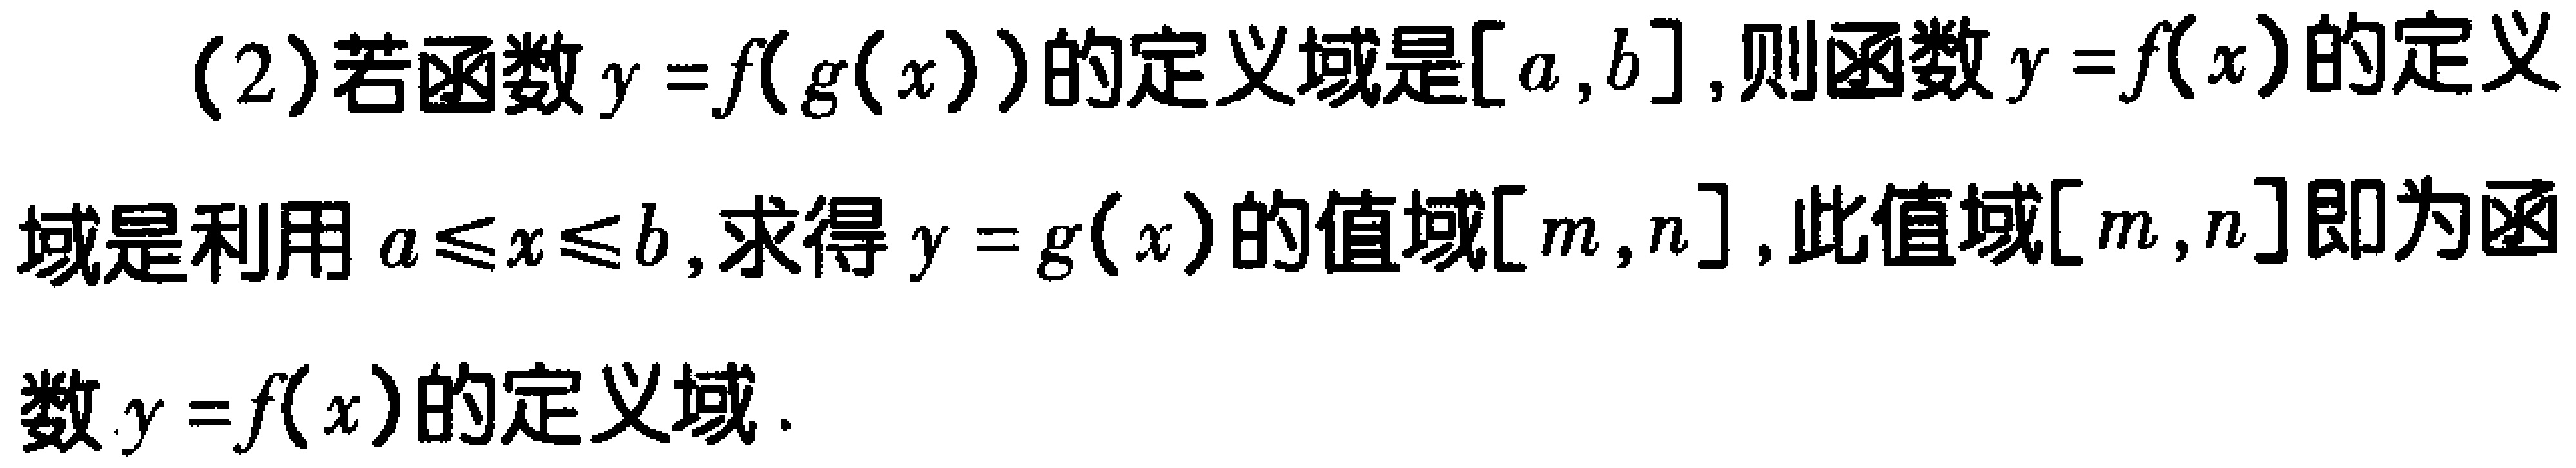
(2)若函数$y = f(g(x))$的定义域是$[a,b]$,则函数$y = f(x)$的定义域是利用$a\leqslant x\leqslant b$,求得$y = g(x)$的值域$[m,n]$,此值域$[m,n]$即为函数$y = f(x)$的定义域.